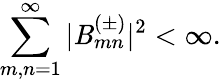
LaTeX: \sum_{m,n=1}^{\infty}|\mathit{B}_{mn}^{(\pm)}|^{2}<\infty.